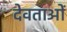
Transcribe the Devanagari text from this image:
देवताओं